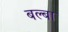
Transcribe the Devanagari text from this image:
बल्बा